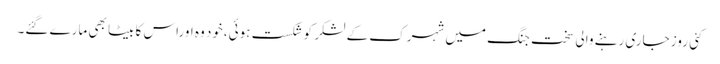
کئی روز جاری رہنے والی سخت جنگ میں شہرک کے لشکر کو شکست ہوئی،خود وہ اوراس کا بیٹا بھی مارے گئے۔